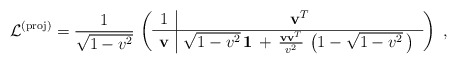
\begin{align*}\mathcal{L}^{\rm (proj)}= \frac{1}{\sqrt{1-v^2}}\, \left( \begin{array}{c|c} 1 & \mathbf{v}^T \\ \hline \mathbf{ v} & \sqrt{1-v^2} \, {\bf 1}\, + \, \frac{\mathbf{v} \mathbf{v}^T}{v^2}\, \left(1 -\sqrt{1-v^2} \,\right) \,\end{array}\right)~,\end{align*}